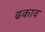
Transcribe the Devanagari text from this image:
ढकाव